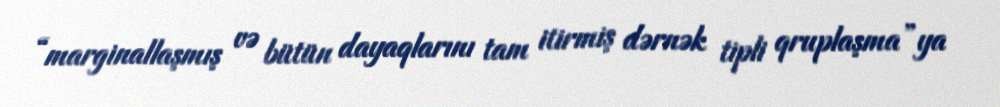
“marginallaşmış və bütün dayaqlarını tam itirmiş dərnək tipli qruplaşma”ya